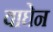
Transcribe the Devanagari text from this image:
वाघेन